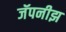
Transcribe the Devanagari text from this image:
जॅपनीझ